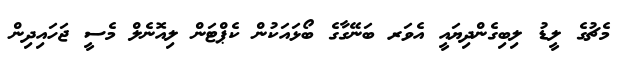
މެޗުގެ ލީޑު ލިބިގެންދިޔައީ އެވަރ ބަނޭގާގެ ބޯޅައަކުން ކެޕްޓަން ލިއޮނެލް މެސީ ޖަހައިދިން